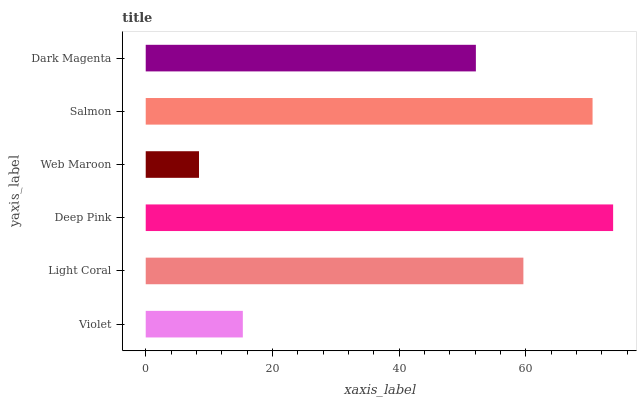
| yaxis_label | bars |
 | --- | --- |
 | Violet | 15.3 |
 | Light Coral | 59.6 |
 | Deep Pink | 73.8 |
 | Web Maroon | 8.41 |
 | Salmon | 70.5 |
 | Dark Magenta | 52.1 |